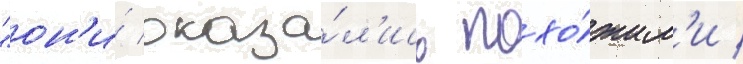
"он'и́ оказа́л'ись похо́жим'и /